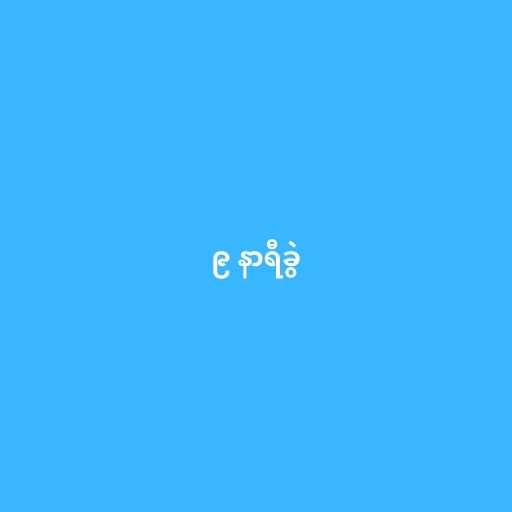
၉ နာရီခွဲ